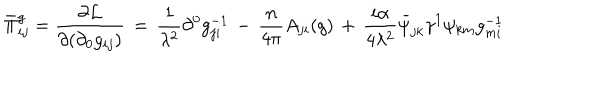
LaTeX: \bar { \Pi } _ { i j } ^ { g } = \frac { \partial { \cal L } } { \partial ( \partial _ { 0 } g _ { i j } ) } \, = \, \frac { 1 } { \lambda ^ { 2 } } \partial ^ { 0 } g _ { j i } ^ { - 1 } \, - \, \frac { n } { 4 \pi } A _ { j i } ( g ) \, + \, \frac { i \alpha } { 4 \lambda ^ { 2 } } \bar { \psi } _ { j k } \gamma ^ { 1 } \psi _ { k m } g _ { m i } ^ { - 1 }